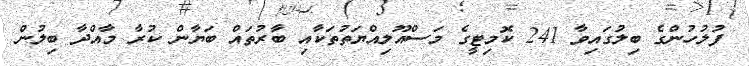
ފުލުހުންގެ ބިލުގައިވާ 241 ކޮމިޓީގެ މަސްއޫލިއްޔަތުތަކާއި ބާރުތައް ބަޔާން ކުރާ މާއްދާ ބިލުން